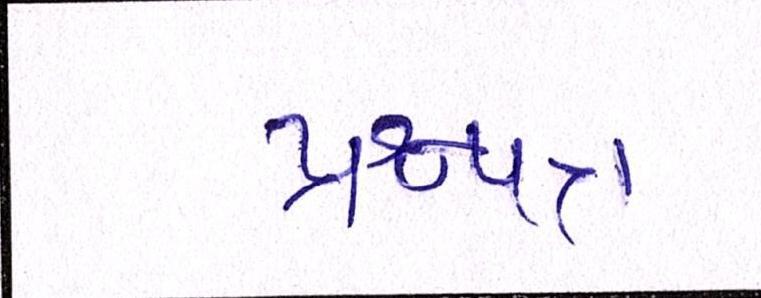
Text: પ્રશ્નપત્ર